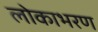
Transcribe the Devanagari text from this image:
लोकाभरण